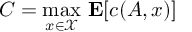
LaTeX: C = { \underset { x \in { \mathcal { X } } } { \operatorname* { m a x } } } \ \mathbf { E } [ c ( A , x ) ]